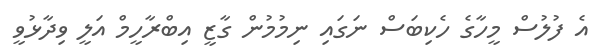
އެ ފުލުސް މީހާގެ ހެކިބަސް ނަގައި ނިމުމުން ގާޒީ އިބްރާހީމް އަލީ ވިދާޅުވީ